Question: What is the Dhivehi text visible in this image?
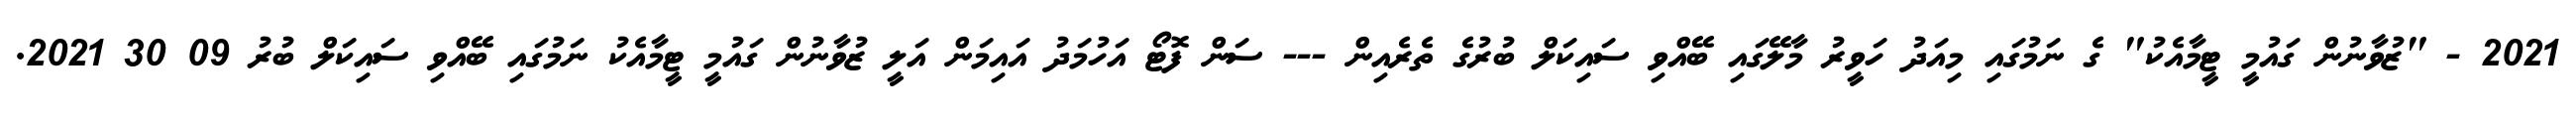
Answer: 2021 - "ޒުވާނުން ގައުމީ ޓީމާއެކު" ގެ ނަމުގައި މިއަދު ހަވީރު މާލޭގައި ބޭއްވި ސައިކަލް ބުރުގެ ތެރެއިން --- ސަން ފޮޓޯ އަހުމަދު އައިމަން އަލީ ޒުވާނުން ގައުމީ ޓީމާއެކު ނަމުގައި ބޭއްވި ސައިކަލް ބުރު 09 30 2021.